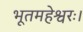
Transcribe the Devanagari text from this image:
भूतमहेश्वरः।